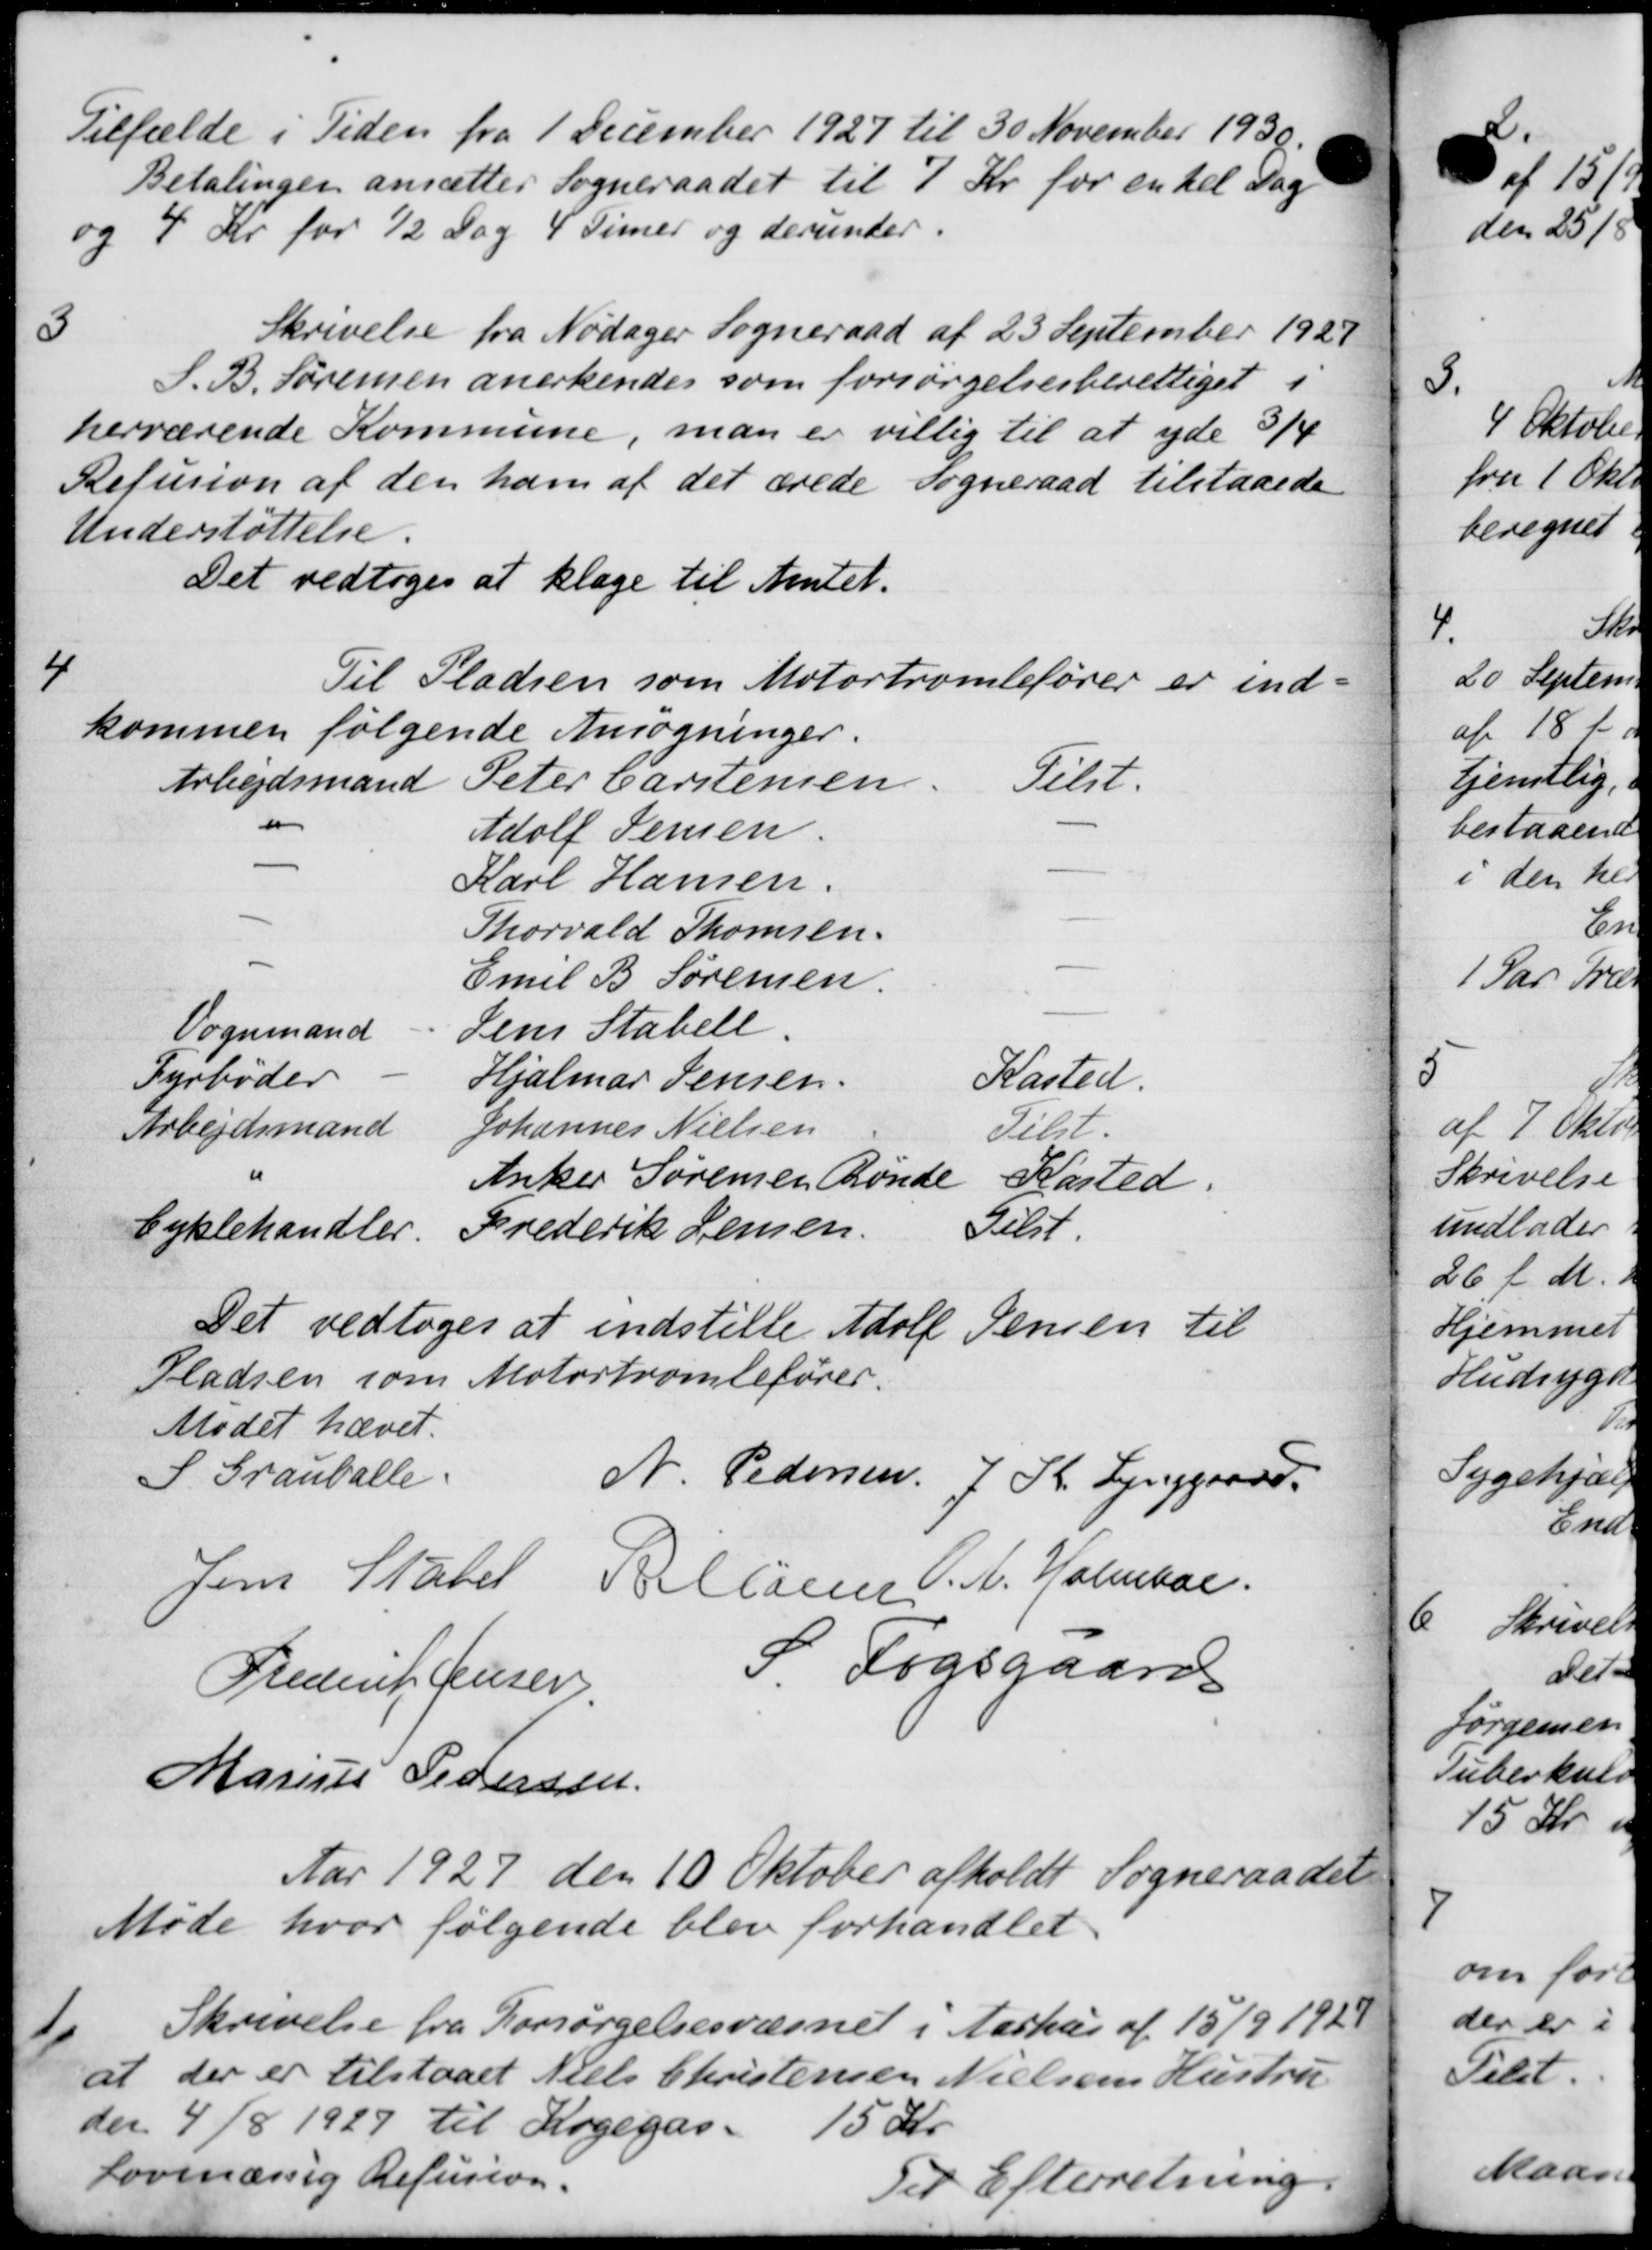
Transskription:
Tilfælde i Tiden fra 1 December 1927 til 30 November 1939.
Betalingen ansættes Sogneraadet til 7 Kr for enkel Dag
og 4 Kr for ½ Dag 4 Timer og derunder.

Skrivelse fra Nødager Sogneraad af 23 September 1929
S. B. Sørensen anerkendes som forsørgelsesberettiget i
herværende Kommune, man er villig til at yde 3/4
Refusion af den ham af det ærede sogneraad tilstaaede
Understøttelse.
Det vedtoges at klage til Amtet.

Til Pladsen som Motortromlefører er ind-
kommen følgende Ansøgninger.
Arbejdsmand
Peter Carstensen.
Tulst.
Adolf Jensen.
Karl Hansen.
Thorvald Thomsen.
Emil B Sørensen.
Vognmand
Jens Stabell
Fyrbøder
Hjalmar Jensen.
Kasted.
Arbejdsmand
Johannes Nielsen
Tilst.
Anker Sørensen Rønde
Kasted.
Cyklehandler.
Frederik Jensen.
Gelst.
Det vedtoges at indstille Adolp
Jensen til
Pladsen som Motortromlefører.
Mødet hævet.
S. Grauballe
N. Pedersen, J. K. Lynggaard
Jens Statet Rellaner P. A. Holmboe.
Frederik Jensen
P Fogsgaards
Marius Pedersen
Aar 1927 den 10 Oktober afholdt Sogneraadet
Møde hvor følgende blev forhandlet
1.
Skrivelse fra Forsørgelsesvæsnet i Aarhus af 15/9 1928
at der er tilstaaet Niels Christensen Nielsens Hustru
den 4/8 1929 til Kogegas - 15 Kr.
Lovmæssig Refusion.
Til Efterretning.